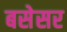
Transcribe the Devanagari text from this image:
बसेसर